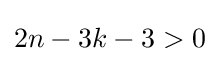
2n-3k-3>0